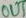
Text: OUT